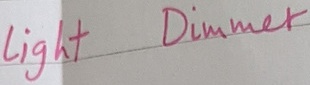
Text: Light Dimmer